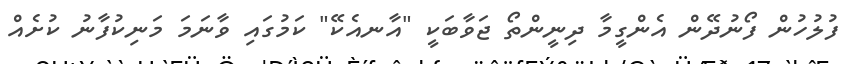
ފުލުހުން ފޯނުދޭން އެންގީމާ ދިނީންތޯ ޖަވާބަކީ "އާނއެކޭ" ކަމުގައި ވާނަމަ މަނިކުފާނު ކުށެއް